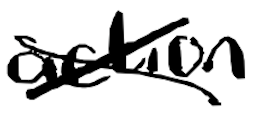
Text: action
Cross-out: cross
Writing tool: digital_black